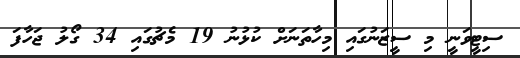
ސިޓީވަނީ މި ސީޒަނުގައި މިހާތަނަށް ކުޅުނު 19 މެޗުގައި 34 ގޯލު ޖަހާފަ